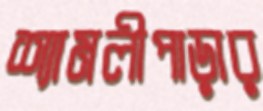
শ্যামলীপাড়ার